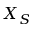
X _ { S }